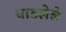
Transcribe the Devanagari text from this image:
धाडलेले